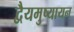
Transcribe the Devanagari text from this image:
द्वैयमुष्यायन